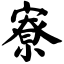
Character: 寮